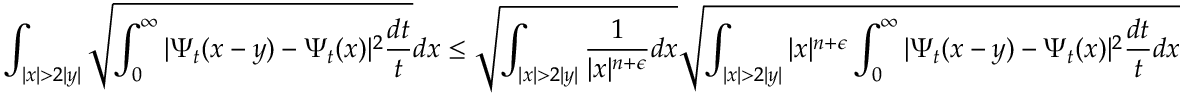
\int _ { | x | > 2 | y | } \sqrt { \int _ { 0 } ^ { \infty } | \Psi _ { t } ( x - y ) - \Psi _ { t } ( x ) | ^ { 2 } \frac { d t } { t } } d x \leq \sqrt { \int _ { | x | > 2 | y | } \frac { 1 } { | x | ^ { n + \epsilon } } d x } \sqrt { \int _ { | x | > 2 | y | } | x | ^ { n + \epsilon } \int _ { 0 } ^ { \infty } | \Psi _ { t } ( x - y ) - \Psi _ { t } ( x ) | ^ { 2 } \frac { d t } { t } d x }